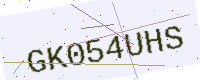
Text: GK054UHS